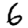
Digit: 6